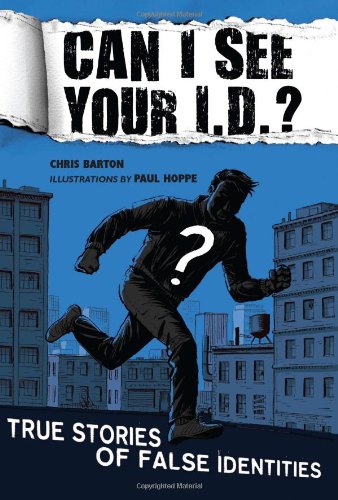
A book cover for Can I See Your I.D.?: True Stories of False Identities; Chris Barton; Children's Books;